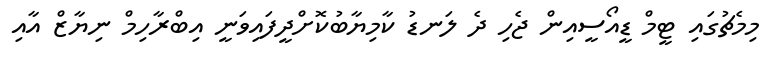
މިމެޗުގައި ޓީމް ޑީއޯސީއިން ޖެހި ދެ ލަނޑު ކާމިޔާބުކޮށްދީފައިވަނީ އިބްރާހިމް ނިޔާޒް އާއި